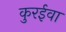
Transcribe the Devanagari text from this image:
कुरईवा